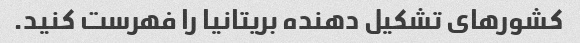
کشورهای تشکیل دهنده بریتانیا را فهرست کنید.